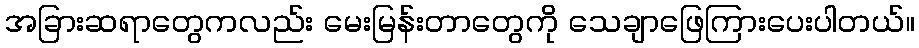
အခြားဆရာတွေကလည်း မေးမြန်းတာတွေကို သေချာဖြေကြားပေးပါတယ်။